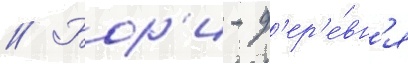
// Бор'и - д'ер'е́вн'я